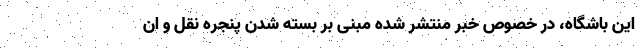
این باشگاه، در خصوص خبر منتشر شده مبنی بر بسته شدن پنجره نقل و ان